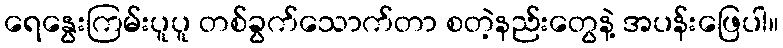
ရေနွေးကြမ်းပူပူ တစ်ခွက်သောက်တာ စတဲ့နည်းတွေနဲ့ အပန်းဖြေပါ။